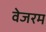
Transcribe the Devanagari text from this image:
वेजरम